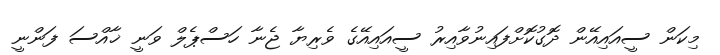
މިކަން ސީއައިއޭން ދޮގުކޮށްފައިނުވާއިރު ސީއައިއޭގެ ވެރިޔާ ޖެނާ ހަސްޕެލް ވަނީ ޚާއްސަ ފަންނީ